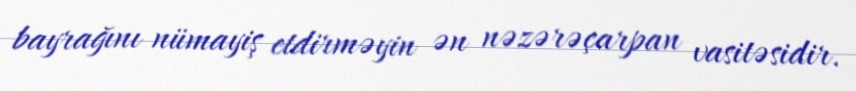
bayrağını nümayiş etdirməyin ən nəzərəçarpan vasitəsidir.